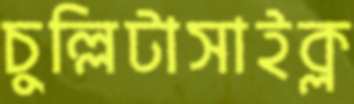
চুল্লিটাসাইক্ল